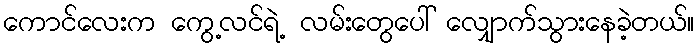
ကောင်လေးက ကွေ့လင်ရဲ့ လမ်းတွေပေါ် လျှောက်သွားနေခဲ့တယ်။